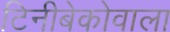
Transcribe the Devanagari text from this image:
टिनीबेकोवाला